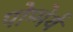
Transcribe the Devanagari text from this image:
पोम्मेर्य